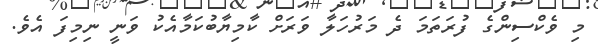
މި ވެކްސިންގެ ފުރަތަމަ ދެ މަރުހަލާ ވަރަށް ކާމިޔާބުކަމާއެކު ވަނީ ނިމިފަ އެވެ.